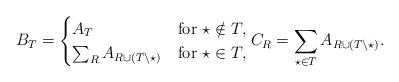
LaTeX: \begin{gather*}B_T =\begin{cases}A_T & \mbox{for} \ \star \notin T , \\\sum_R{A_{R\cup (T\backslash \star)}} & \mbox{for} \ \star \in T,\end{cases}C_R = \sum_{\star \in T}{A_{R\cup (T\backslash \star)}} .\end{gather*}